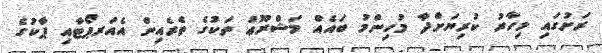
ރަށުގައި މިހާރު ކުރިޔަށްދާ މުހިންމު ބައެއް މަޝްރޫޢު ތަކުގެ ތެރެއިން އެއަރޕޯޓާއި ޕާކުގެ